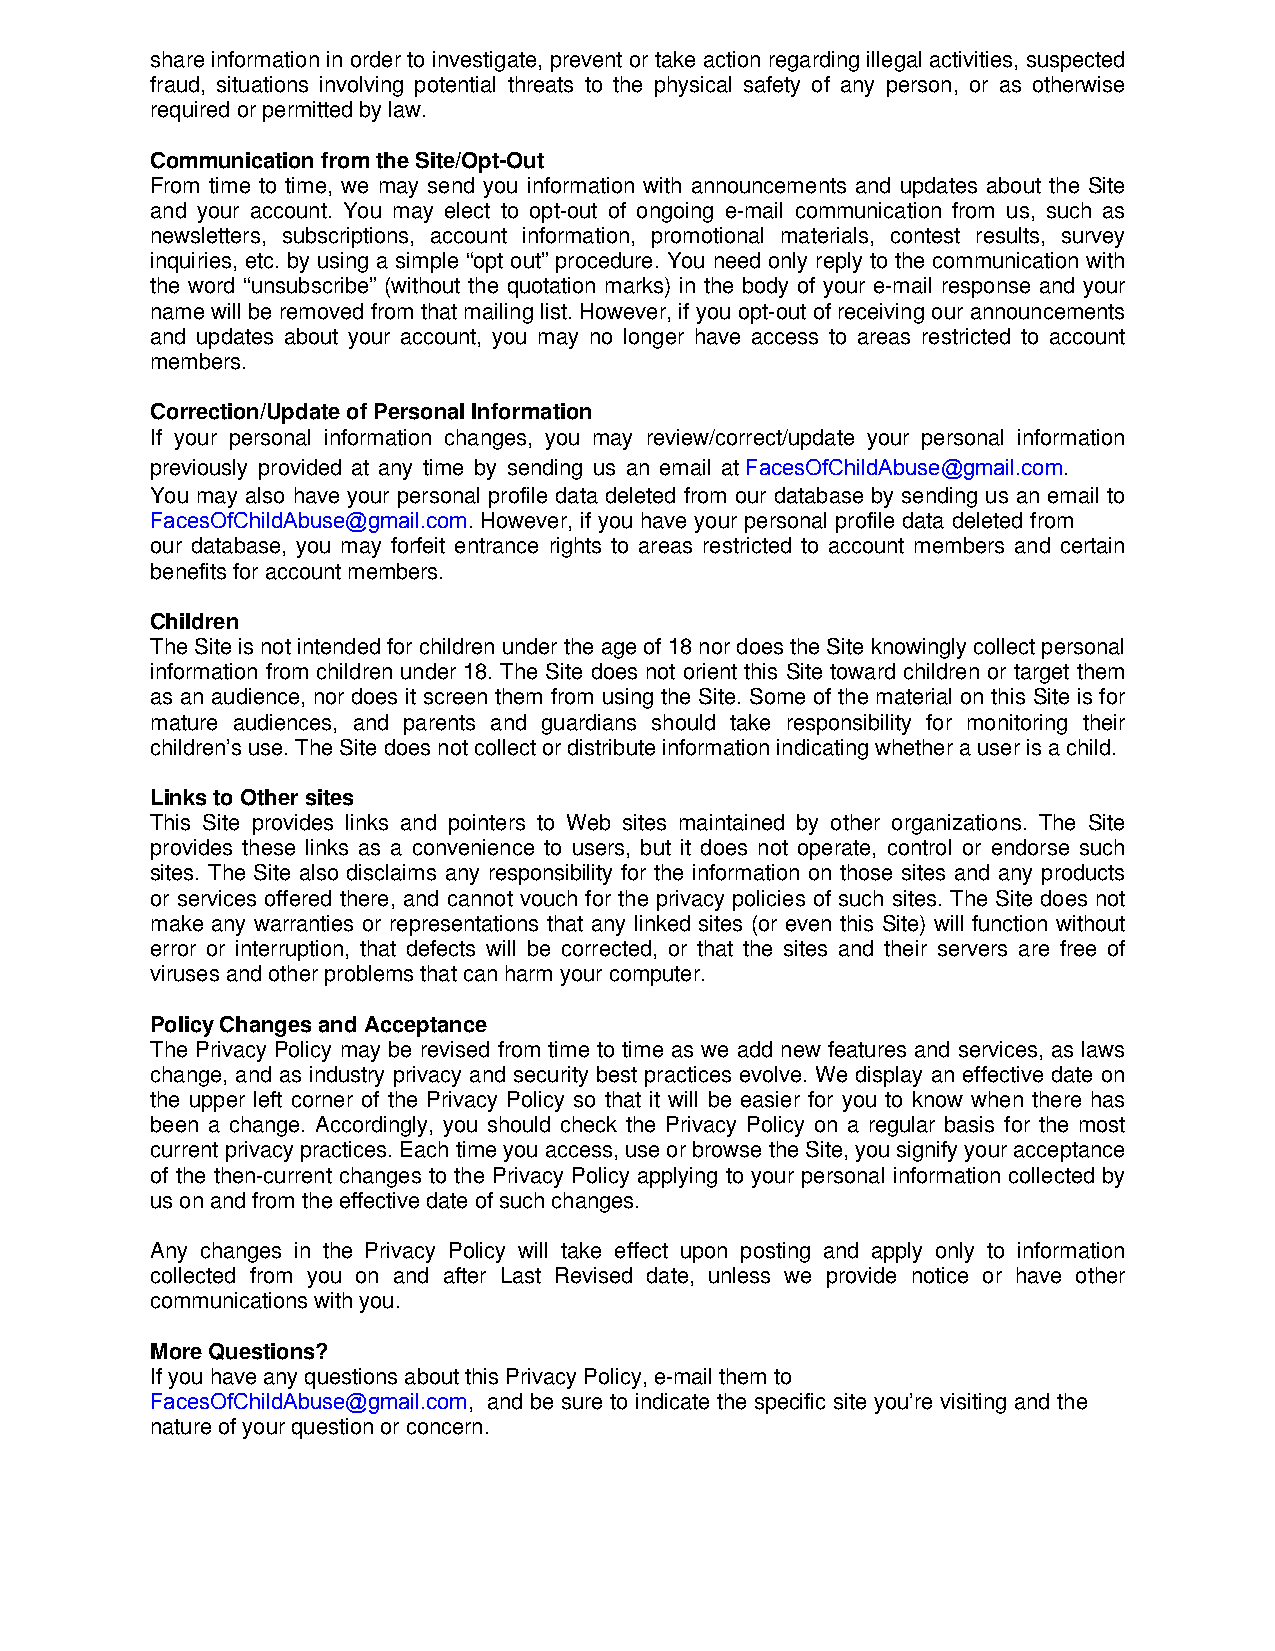
share information in order to investigate, prevent or take action regarding illegal activities, suspected
 fraud, situations involving potential threats to the physical safety of any person, or as otherwise
 required or permitted by law.
 Communication from the Site/Opt-Out
 From time to time, we may send you information with announcements and updates about the Site
 and your account. You may elect to opt-out of ongoing e-mail communication from us, such as
 newsletters, subscriptions, account information, promotional materials, contest results, survey
 inquiries, etc. by using a simple “opt out” procedure. You need only reply to the communication with
 the word “unsubscribe” (without the quotation marks) in the body of your e-mail response and your
 name will be removed from that mailing list. However, if you opt-out of receiving our announcements
 and updates about your account, you may no longer have access to areas restricted to account
 members.
 Correction/Update of Personal Information
 If your personal information changes, you may review/correct/update your personal information
 previously provided at any time by sending us an email at FacesOfChildAbuse@gmail.com.
 You may also have your personal profile data deleted from our database by sending us an email to
 FacesOfChildAbuse@gmail.com. However, if you have your personal profile data deleted from
 our database, you may forfeit entrance rights to areas restricted to account members and certain
 benefits for account members.
 Children
 The Site is not intended for children under the age of 18 nor does the Site knowingly collect personal
 information from children under 18. The Site does not orient this Site toward children or target them
 as an audience, nor does it screen them from using the Site. Some of the material on this Site is for
 mature audiences, and parents and guardians should take responsibility for monitoring their
 children’s use. The Site does not collect or distribute information indicating whether a user is a child.
 Links to Other sites
 This Site provides links and pointers to Web sites maintained by other organizations. The Site
 provides these links as a convenience to users, but it does not operate, control or endorse such
 sites. The Site also disclaims any responsibility for the information on those sites and any products
 or services offered there, and cannot vouch for the privacy policies of such sites. The Site does not
 make any warranties or representations that any linked sites (or even this Site) will function without
 error or interruption, that defects will be corrected, or that the sites and their servers are free of
 viruses and other problems that can harm your computer.
 Policy Changes and Acceptance
 The Privacy Policy may be revised from time to time as we add new features and services, as laws
 change, and as industry privacy and security best practices evolve. We display an effective date on
 the upper left corner of the Privacy Policy so that it will be easier for you to know when there has
 been a change. Accordingly, you should check the Privacy Policy on a regular basis for the most
 current privacy practices. Each time you access, use or browse the Site, you signify your acceptance
 of the then-current changes to the Privacy Policy applying to your personal information collected by
 us on and from the effective date of such changes.
 Any changes in the Privacy Policy will take effect upon posting and apply only to information
 collected from you on and after Last Revised date, unless we provide notice or have other
 communications with you.
 More Questions?
 If you have any questions about this Privacy Policy, e-mail them to
 FacesOfChildAbuse@gmail.com, and be sure to indicate the specific site you’re visiting and the
 nature of your question or concern.